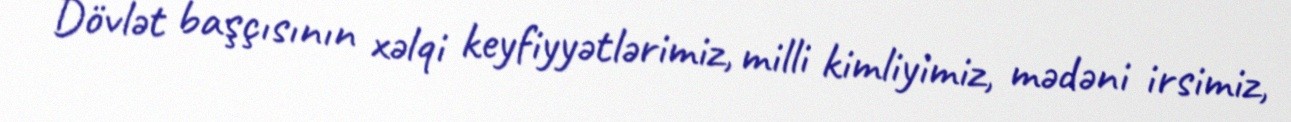
Dövlət başçısının xəlqi keyfiyyətlərimiz, milli kimliyimiz, mədəni irsimiz,